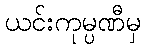
ယင်းကုမ္ပဏီမှ